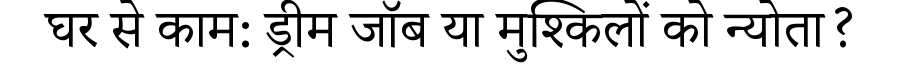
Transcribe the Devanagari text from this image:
घर से काम: ड्रीम जॉब या मुश्किलों को न्योता?